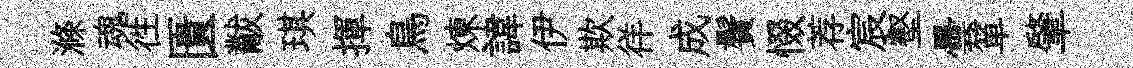
滌魂徃匱黻琪揮鳥煉諱伊欺徉成鬢惙荐宸壑曇箪肇